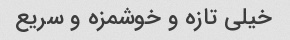
خیلی تازه و خوشمزه و سریع